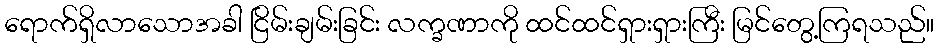
ရောက်ရှိလာသောအခါ ငြိမ်းချမ်းခြင်း လက္ခဏာကို ထင်ထင်ရှားရှားကြီး မြင်တွေ့ကြရသည်။